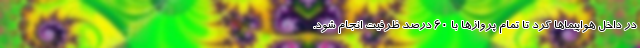
در داخل هواپیماها کرد تا تمام پروازها با ۶۰ درصد ظرفیت انجام شود.